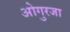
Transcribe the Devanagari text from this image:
ओगुरजा